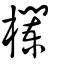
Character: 欄